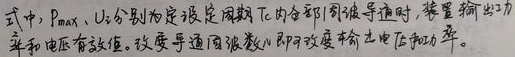
式中，\(P_{max}\)、\(U\)分别为设定周期\(T_{c}\)内全部周波导通时，装置输出功率和电压有效值。改变导通周波数\(n\)即改变输出电压和功率。